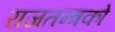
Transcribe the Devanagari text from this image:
राजतन्त्रको